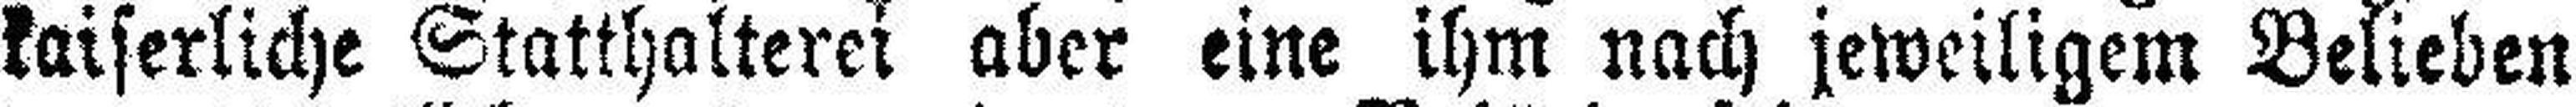
kaiserliche Statthalteri aber eine ihm nach jeweiligem Belieben